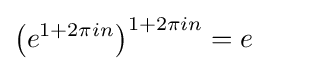
\left(e^{1+2\pi in}\right)^{1+2\pi in}=e\qquad